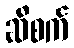
ဆီစက်